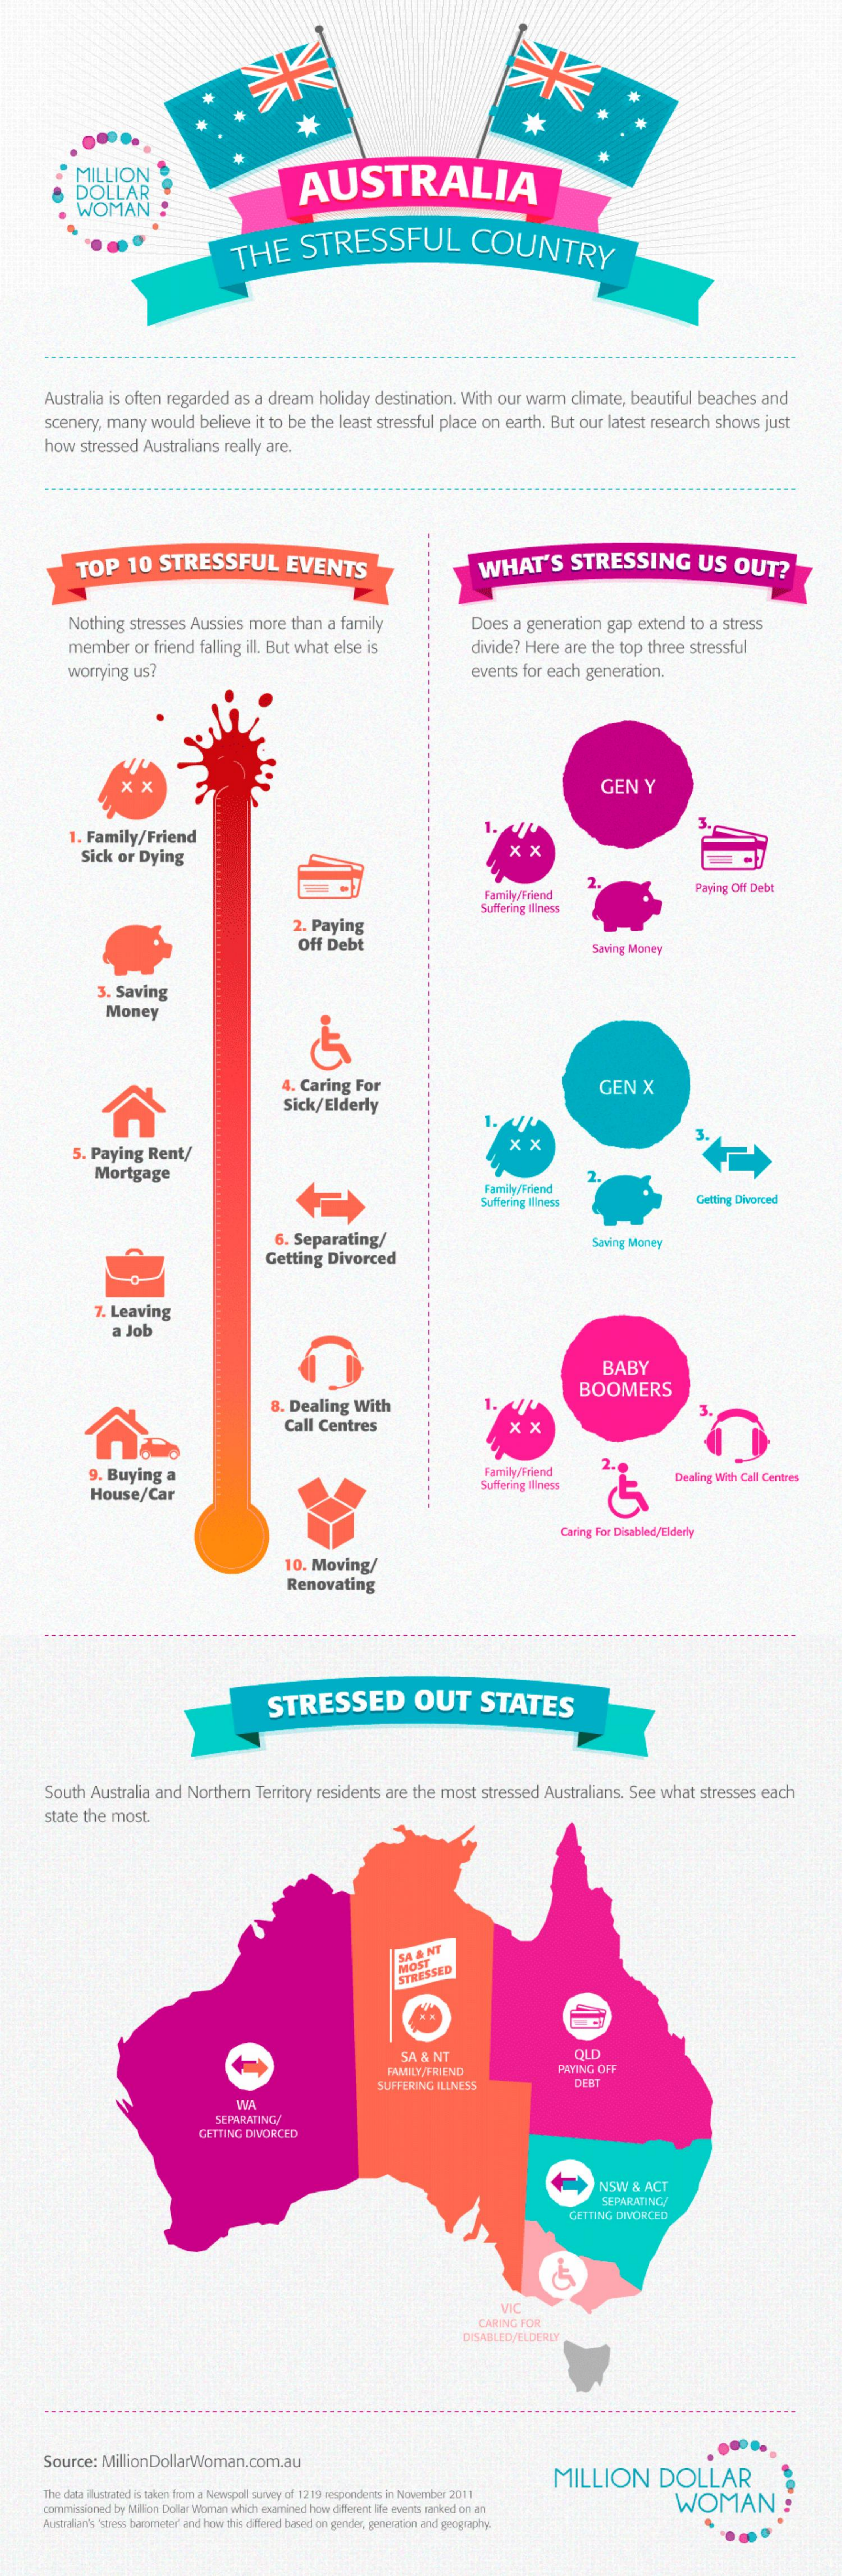
米
     *    *
     MILLION
     DOLLAR    AUSTRALIA
     WOMAN
     THE    STRESSFUL    COUNTRY
     Australia is often regarded as a dream holiday destination. With our warm climate, beautiful beaches and
     scenery, many would believe it to be the least stressful place on earth. But our latest research shows just
     how stressed Australians really are.
     TOP  10  STRESSFUL    EVENTS    WHAT'S    STRESSING    US  OUT?
     Nothing stresses Aussies more than a family    Does a generation gap extend to a stress
     member  or friend falling ill. But what else is   divide? Here are the top three stressful
     worrying us?    events for each generation.
     GEN   Y
     . Family/Friend    1.
     Sick or Dying    x  X
     Family/Friend    Paying Off Debt
     Suffering Illness
     2. Paying
     Off Debt    Saving Money
     3. Saving
     Money
     Caring For    GEN   X
     Sick/Elderly
     5. Paying Rent/
     x  X
     Mortgage
     Family/Friend
     2.
     Suffering Illness    Getting Divorced
     6. Separating/
     Getting Divorced
     Saving Money
     7. Leaving
     Job
     BABY
     8. Dealing With
     BOOMERS
     Call Centres
     9. Buying a    Family/Friend
     House/Car
     Suffering Illness    Dealing With Call Centres
     Caring For Disabled/Elderly
     10. Moving/
     Renovating
     STRESSED    OUT    STATES
     South Australia and Northern Territory residents are the most stressed Australians. See what stresses each
     state the most.
     SA & NT
     MOST STRESSED
     SA & NT    OLD
     FAMILY/FRIEND    PAYING OFF
     SUFFERING ILLNESS
     WA
     SEPARATING!
     GETTING DIVORCED
     NSW & ACT
     SEPARATING/
     GETTING DIVORCED
     VIC
     CARING FOR
     DISABLED/ELDERLY
     Source: MillionDollarWoman.com.au
     MILLION    DOLLAR
     The deta illustrated is taken from a Newspol survey of 1219 respondents in November 2011
     commissioned by Million Dollar Woman which examined how different life events ranked on an WOMAN :
     Australian's 'stress barometer' and how this differed based on gender, generation and geography.